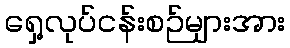
ရှေ့လုပ်ငန်းစဉ်များအား